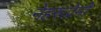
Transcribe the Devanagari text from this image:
नेहरूप्रेमी